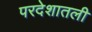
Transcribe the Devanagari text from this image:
परदेशातली